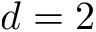
d = 2